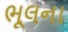
ભૂલના